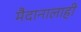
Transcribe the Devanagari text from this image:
मैदानालाही